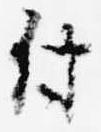
付